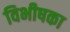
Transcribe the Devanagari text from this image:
विभीषका